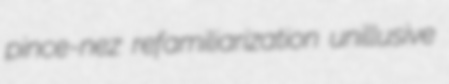
pince-nez refamiliarization unillusive